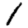
Digit: 1